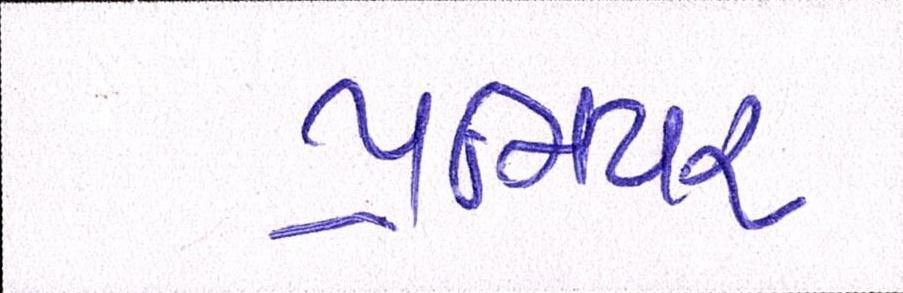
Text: પ્રીમિયર